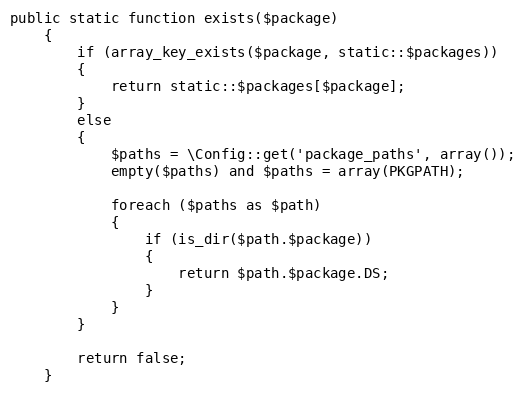
Language: PHP
public static function exists($package)
	{
		if (array_key_exists($package, static::$packages))
		{
			return static::$packages[$package];
		}
		else
		{
			$paths = \Config::get('package_paths', array());
			empty($paths) and $paths = array(PKGPATH);

			foreach ($paths as $path)
			{
				if (is_dir($path.$package))
				{
					return $path.$package.DS;
				}
			}
		}

		return false;
	}